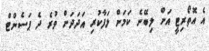
އެ އޮތޯރިޓީ އަށް ލިބޭނެ ކަމަށް ލަފާކުރި އަދަދަށް ވުރެ ދެ ޕަސެންޓް